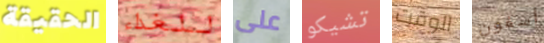
الحقيقة للغداء على تشيكو الوقت أسفون